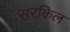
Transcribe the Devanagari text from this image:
सरकिल